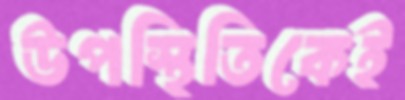
উপস্থিতিকেই